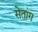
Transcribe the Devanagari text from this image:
सेतांग